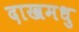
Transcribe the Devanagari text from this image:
दाखमधु